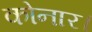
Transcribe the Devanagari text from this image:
कोनार।